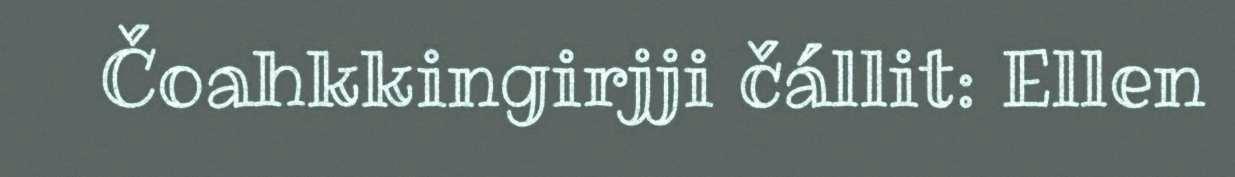
Čoahkkingirjji čállit: Ellen